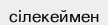
сілекеймен